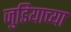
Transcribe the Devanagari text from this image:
जुडियाच्या